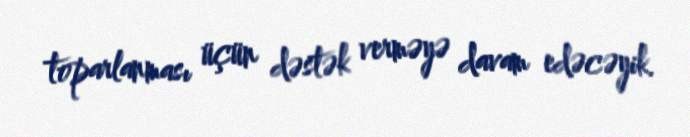
toparlanması üçün dəstək verməyə davam edəcəyik.